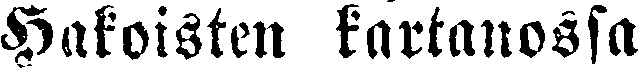
Hakoisten kartanossa